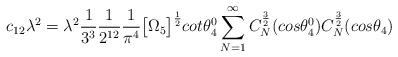
LaTeX: \begin{align*}c_{12}\lambda^2 = \lambda^2\frac{1}{3^3}\frac{1}{2^{12}}\frac{1}{\pi^4}\big{[}\Omega_5\big{]}^{\frac{1}{2}}cot{\theta_4^0}\sum_{N=1}^{\infty}C_N^{\frac{3}{2}}(cos{\theta_4^0})C_N^{\frac{3}{2}}(cos{\theta_4})\end{align*}